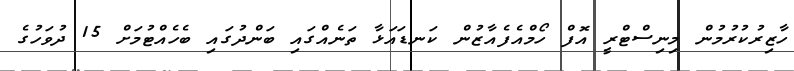
ހާޒިރުކުރުމުން މިނިސްޓްރީ އޮފް ހޯމްއެފެއާޒުން ކަނޑައަޅާ ތަނެއްގައި ބަންދުގައި ބެހެއްޓުމަށް 15 ދުވަހުގެ